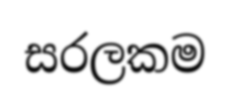
සරලකම